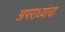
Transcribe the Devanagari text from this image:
अपराध्यांचा